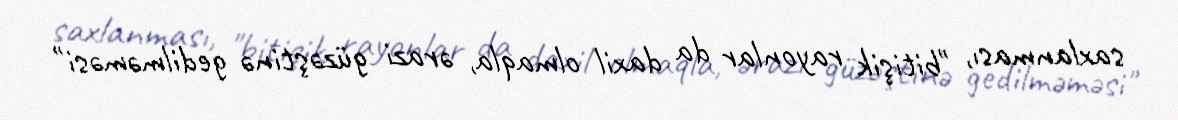
saxlanması, "bitişik rayonlar da daxil olmaqla, ərazi güzəştinə gedilməməsi"